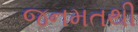
જનમતથી